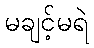
မချင့်မရဲ